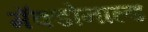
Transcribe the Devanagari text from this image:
मॅक्डोनाल्ड